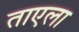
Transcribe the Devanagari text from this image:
ताएला